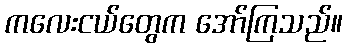
ကလေးငယ်တွေက အော်ကြသည်။